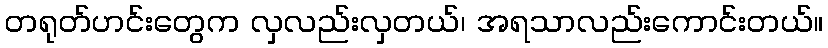
တရုတ်ဟင်းတွေက လှလည်းလှတယ်၊ အရသာလည်းကောင်းတယ်။